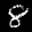
Digit: 8